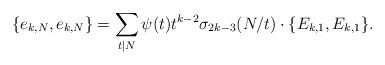
LaTeX: \begin{align*}\{ e_{k,N}, e_{k,N} \} = \sum_{t \mid N} \psi(t) t^{k-2} \sigma_{2k-3}(N/t) \cdot \{ E_{k,1} , E_{k,1} \}.\end{align*}